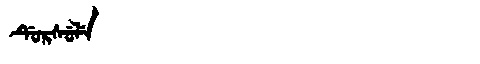
Manchu: ᡩᡠᡵᠰᡠᠯᡝ
Romanization: DURSULE